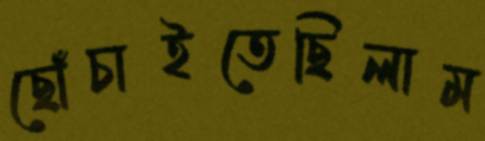
ছোঁচাইতেছিলাম